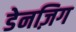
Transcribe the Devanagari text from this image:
डेनज़िग